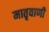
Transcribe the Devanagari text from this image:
मातृवाणी